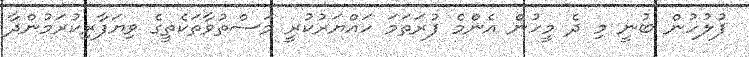
ފުލުހުން ބުނީ މި ދެ މީހުން އެންމެ ފުރަތަމަ ހައްޔަރުކުރީ މަސްތުވާތަކެތީގެ ވިޔަފާރިކުރަމުންދާ